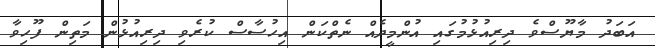
އަބަދު މާޔޫސްވެ ދިރިއުޅުމުގައި އުންމީދެއް ނެތްކަން އިހުސާސް ކުރެވި ދިރިއުޅުން މަތިން ފޫހިވާ